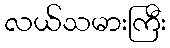
လယ်သမားကြီး